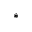
\ast